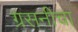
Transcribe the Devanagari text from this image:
ग्रसनीचा